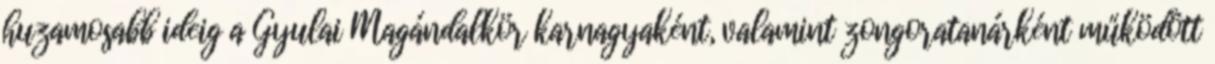
huzamosabb ideig a Gyulai Magándalkör karnagyaként, valamint zongoratanárként működött